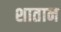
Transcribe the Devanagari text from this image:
शातान